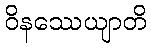
ဝိနဿေယျာတိ